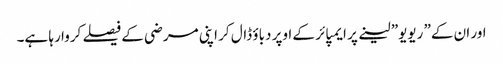
اور ان کے” ریویو” لینے پر ایمپائر کے اوپر دباؤ ڈال کر اپنی مرضی کے فیصلے کروا رہا ہے۔